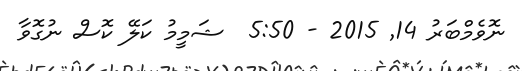
ނޮވެމްބަރު 14